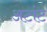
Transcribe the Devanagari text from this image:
अटांट